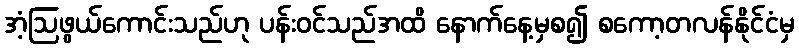
အံ့ဩဖွယ်ကောင်းသည်ဟု ပန်းဝင်သည်အထိ နောက်နေ့မှစ၍ စကော့တလန်နိုင်ငံမှ